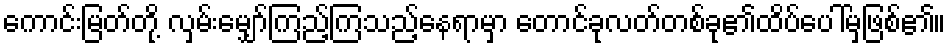
ကောင်းမြတ်တို့ လှမ်းမျှော်ကြည့်ကြသည့်နေရာမှာ တောင်ခုလတ်တစ်ခု၏ထိပ်ပေါ်မှဖြစ်၏။